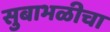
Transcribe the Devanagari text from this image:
सुबाभळीचा